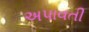
અપાવતી